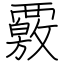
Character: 覈